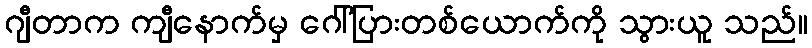
ဂျီတာက ကျီနောက်မှ ဂေါ်ပြားတစ်ယောက်ကို သွားယူ သည်။